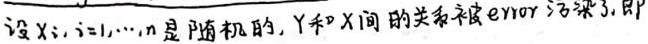
设$X_i, i = 1,\cdots,n$是随机的, $Y$和$X$间的关系被error污染了,即